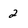
Character: 2